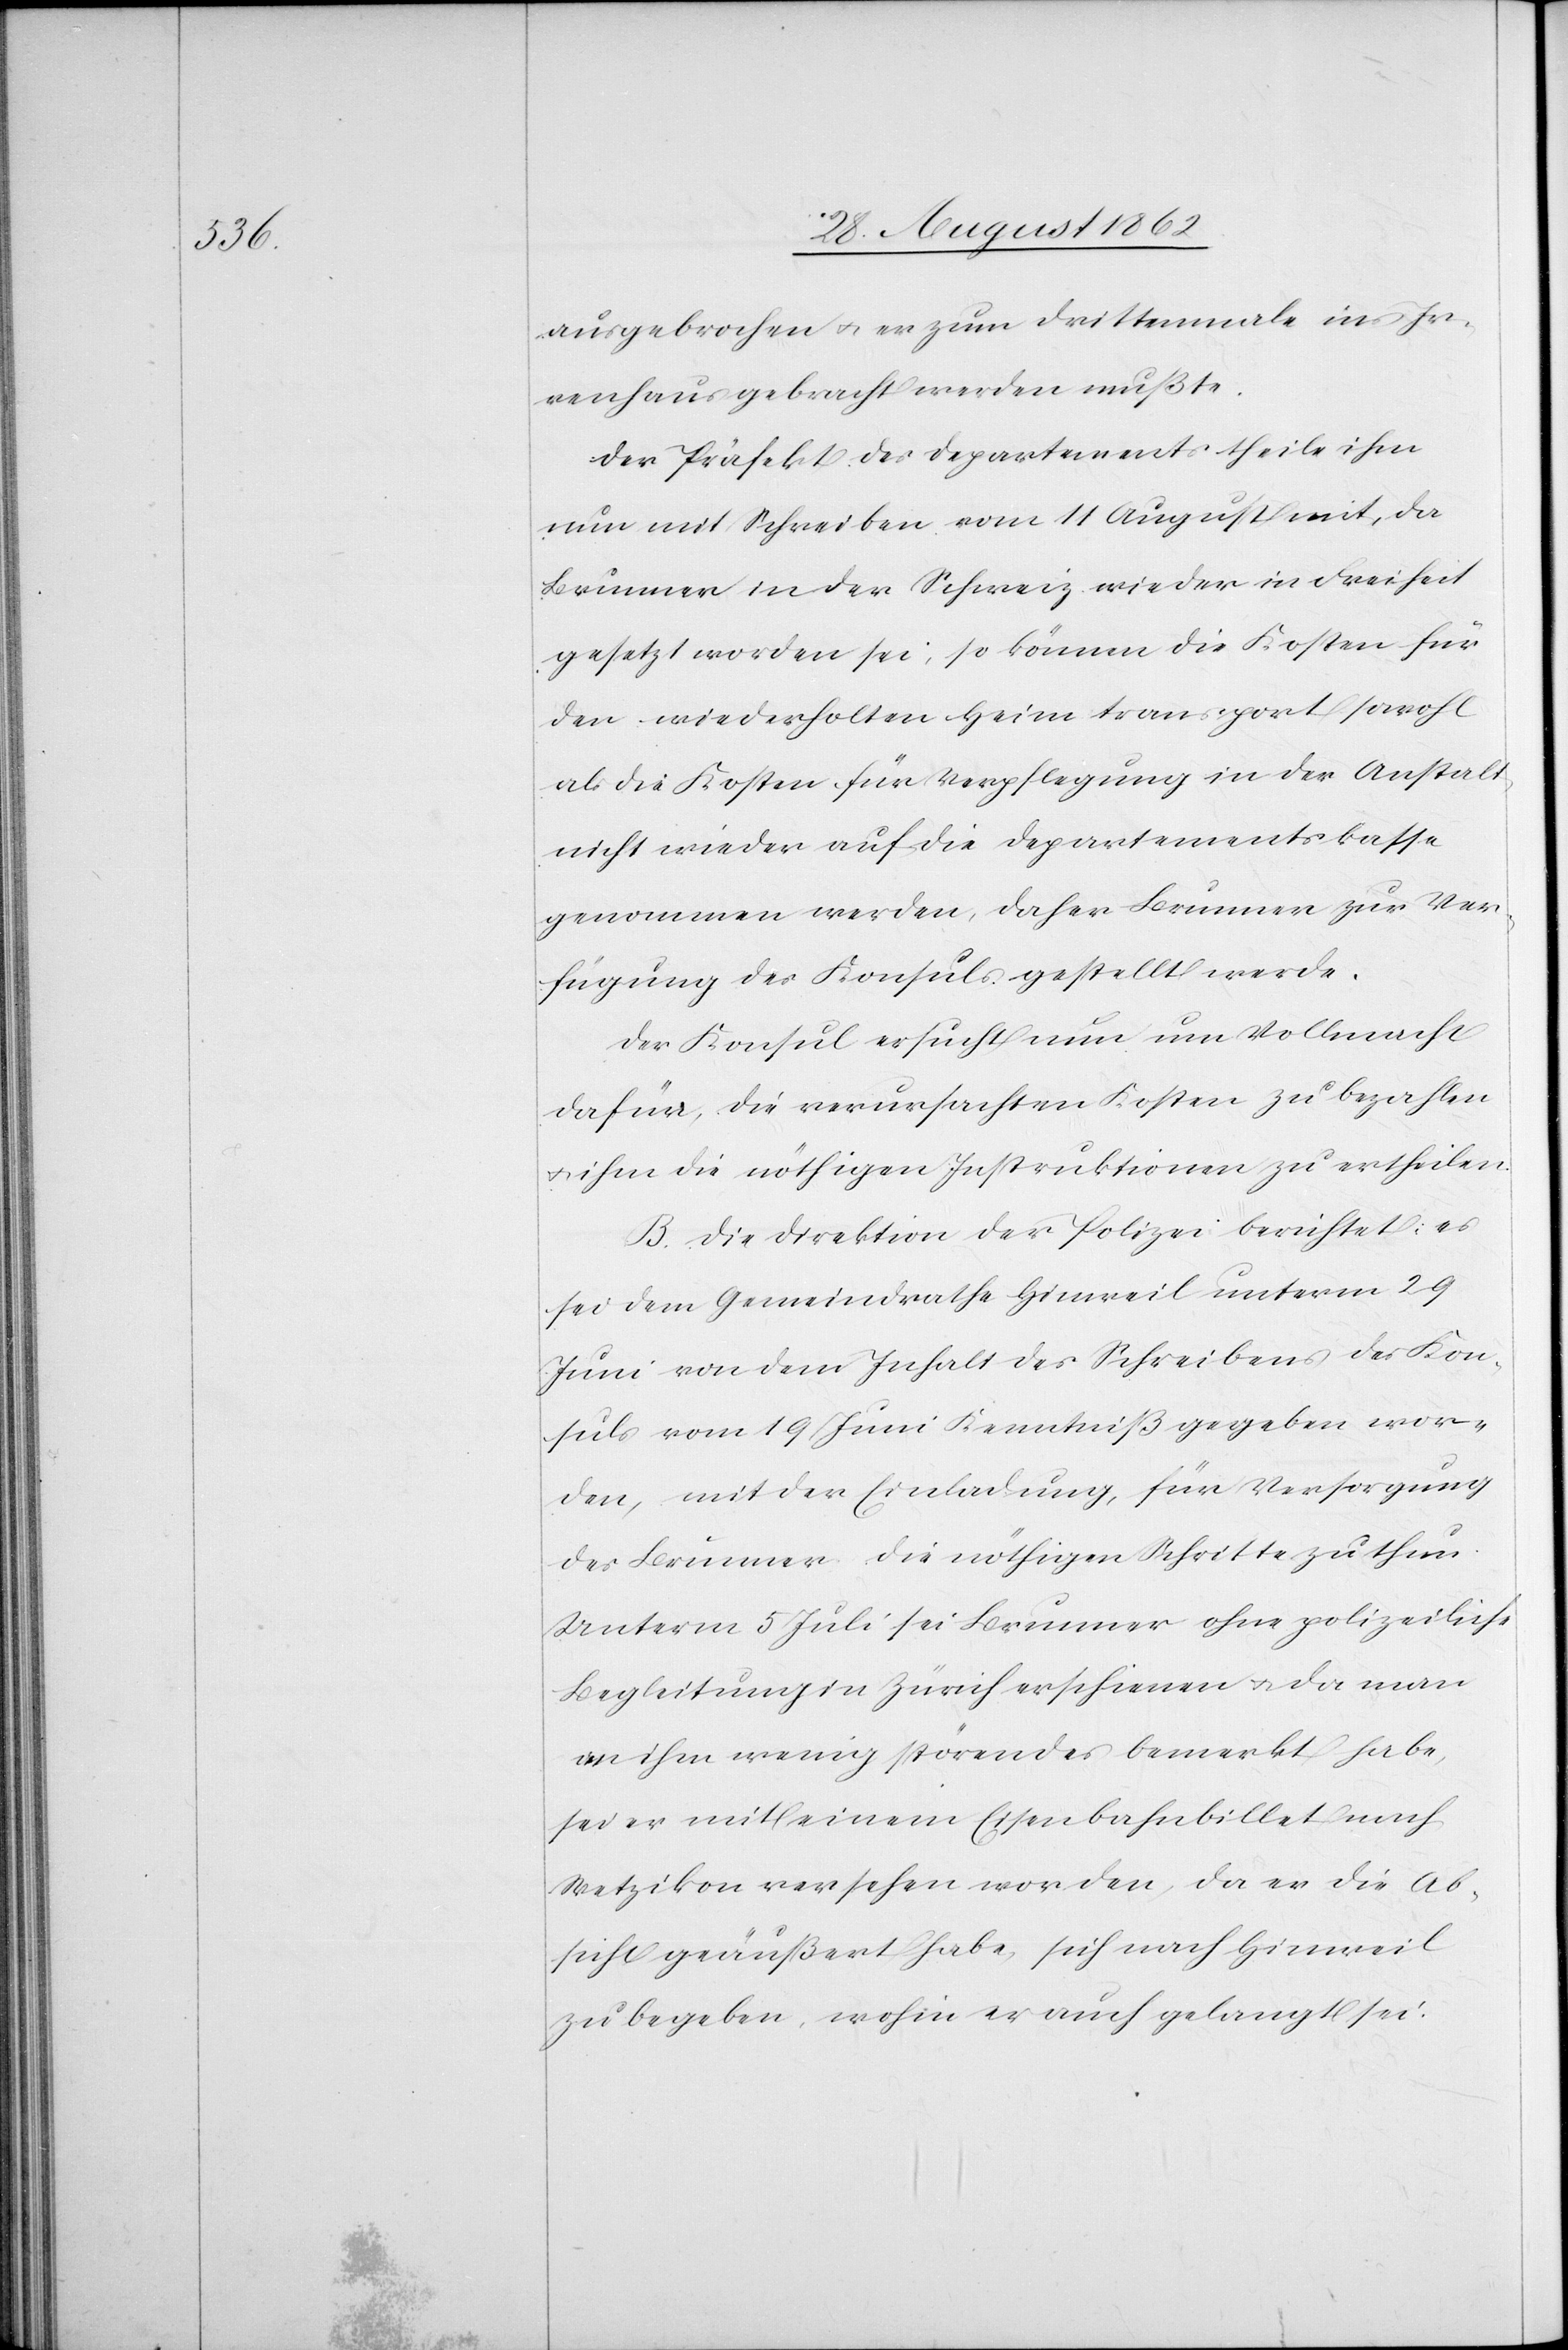
ausgebrochen u. er zum Drittenmale ins Ir¬
renhaus gebracht werden mußte.
Der Präfekt des Departements theile ihm
nun mit Schreiben vom 11. August mit, da
Brunner in der Schweiz wieder in Freiheit
gesetzt worden sei, so können die Kosten für
den wiederholten Heimtransport sowohl
als die Kosten für Verpflegung in der Anstalt
nicht wieder auf die Departementskassa
genommen werden, daher Brunner zur Ver¬
fügung des Konsuls gestellt werde.
Der Konsul ersucht nun um Vollmacht
dafür, die verursachten Kosten zu bezahlen
u. ihm die nöthigen Instruktionen zu ertheilen.
B. Die Direktion der Polizei berichtet: es
sei dem Gemeindrathe Hiweil unterm 29.
Juni von dem Inhalt des Schreibens des Kon¬
suls vom 19. Juni Kenntniß gegeben wor¬
den, mit der Einladung, für Versorgung
des Brunner die nöthigen Schritte zu thun.
Unterm 5. Juli sei Brunner ohne polizeiliche
Begleitung in Zürich erschienen u. da man
an ihm wenig störendes bemerkt habe,
sei er mit einem Eisenbahnbillet nach
Wetzikon versehen worden, da er die Ab¬
sicht geäußert habe, sich nach Hinweil
zu begeben, wohin er auch gelangt sei.